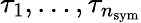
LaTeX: \tau_{1},\dots,\tau_{n_{\mathrm{sym}}}